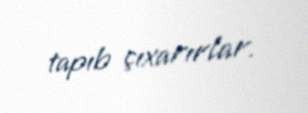
tapıb çıxarırlar.